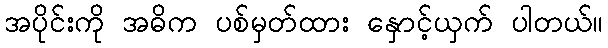
အပိုင်းကို အဓိက ပစ်မှတ်ထား နှောင့်ယှက် ပါတယ်။